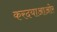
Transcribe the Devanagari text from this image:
करदयाआओर